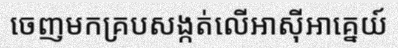
ចេញមកគ្របសង្កត់លើអាស៊ីអាគ្នេយ៍